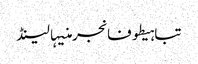
تباہیطوفانجرمنیہالینڈ